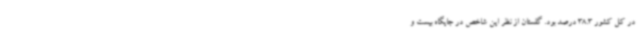
در کل کشور 38.3 درصد بود. گلستان از نظر این شاخص در جایگاه بیست و